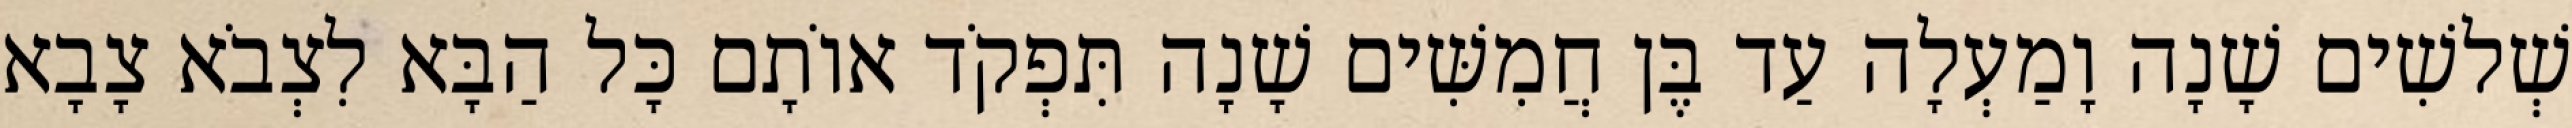
שְׁלשִׁים שָׁנָה וָמַעְלָה עַד בֶּן חֲמִשִּׁים שָׁנָה תִּפְקֹד אוֹתָם כָּל הַבָּא לִצְבֹא צָבָא